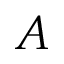
A